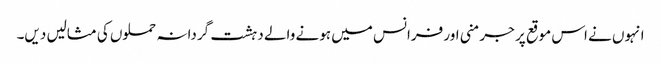
انہوں نے اس موقع پر جرمنی اور فرانس میں ہونے والے دہشت گردانہ حملوں کی مثالیں دیں۔